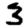
Digit: 3